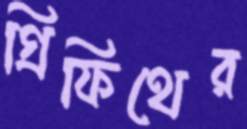
গ্রিফিথের